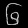
Digit: ၆